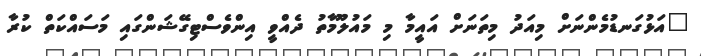
"އަޅުގަނޑުމެންނަށް މިއަދު މިތަނަށް އައީމާ މި މައުލޫމާތު ދެއްވީ އިންވެސްޓިގޭޝަންގައި މަސައްކަތް ކުރާ